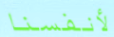
لأنفسنا